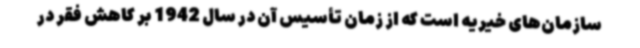
سازمان‌های خیریه است که از زمان تأسیس آن در سال 1942 بر کاهش فقر در